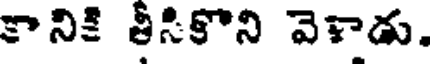
కానికి తీసికొని వెళాడు.